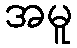
အမူ